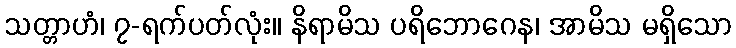
သတ္တာဟံ၊ ၇-ရက်ပတ်လုံး။ နိရာမိသ ပရိဘောဂေန၊ အာမိသ မရှိသော